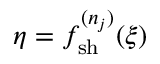
\eta = f _ { \mathrm { { s h } } } ^ { ( n _ { j } ) } ( \xi )